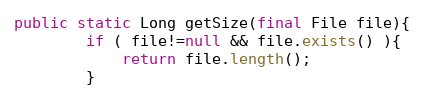
Language: Java
public static Long getSize(final File file){
        if ( file!=null && file.exists() ){
            return file.length();
        }